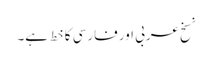
نسخ عربی اور فارسی کا خط ہے۔